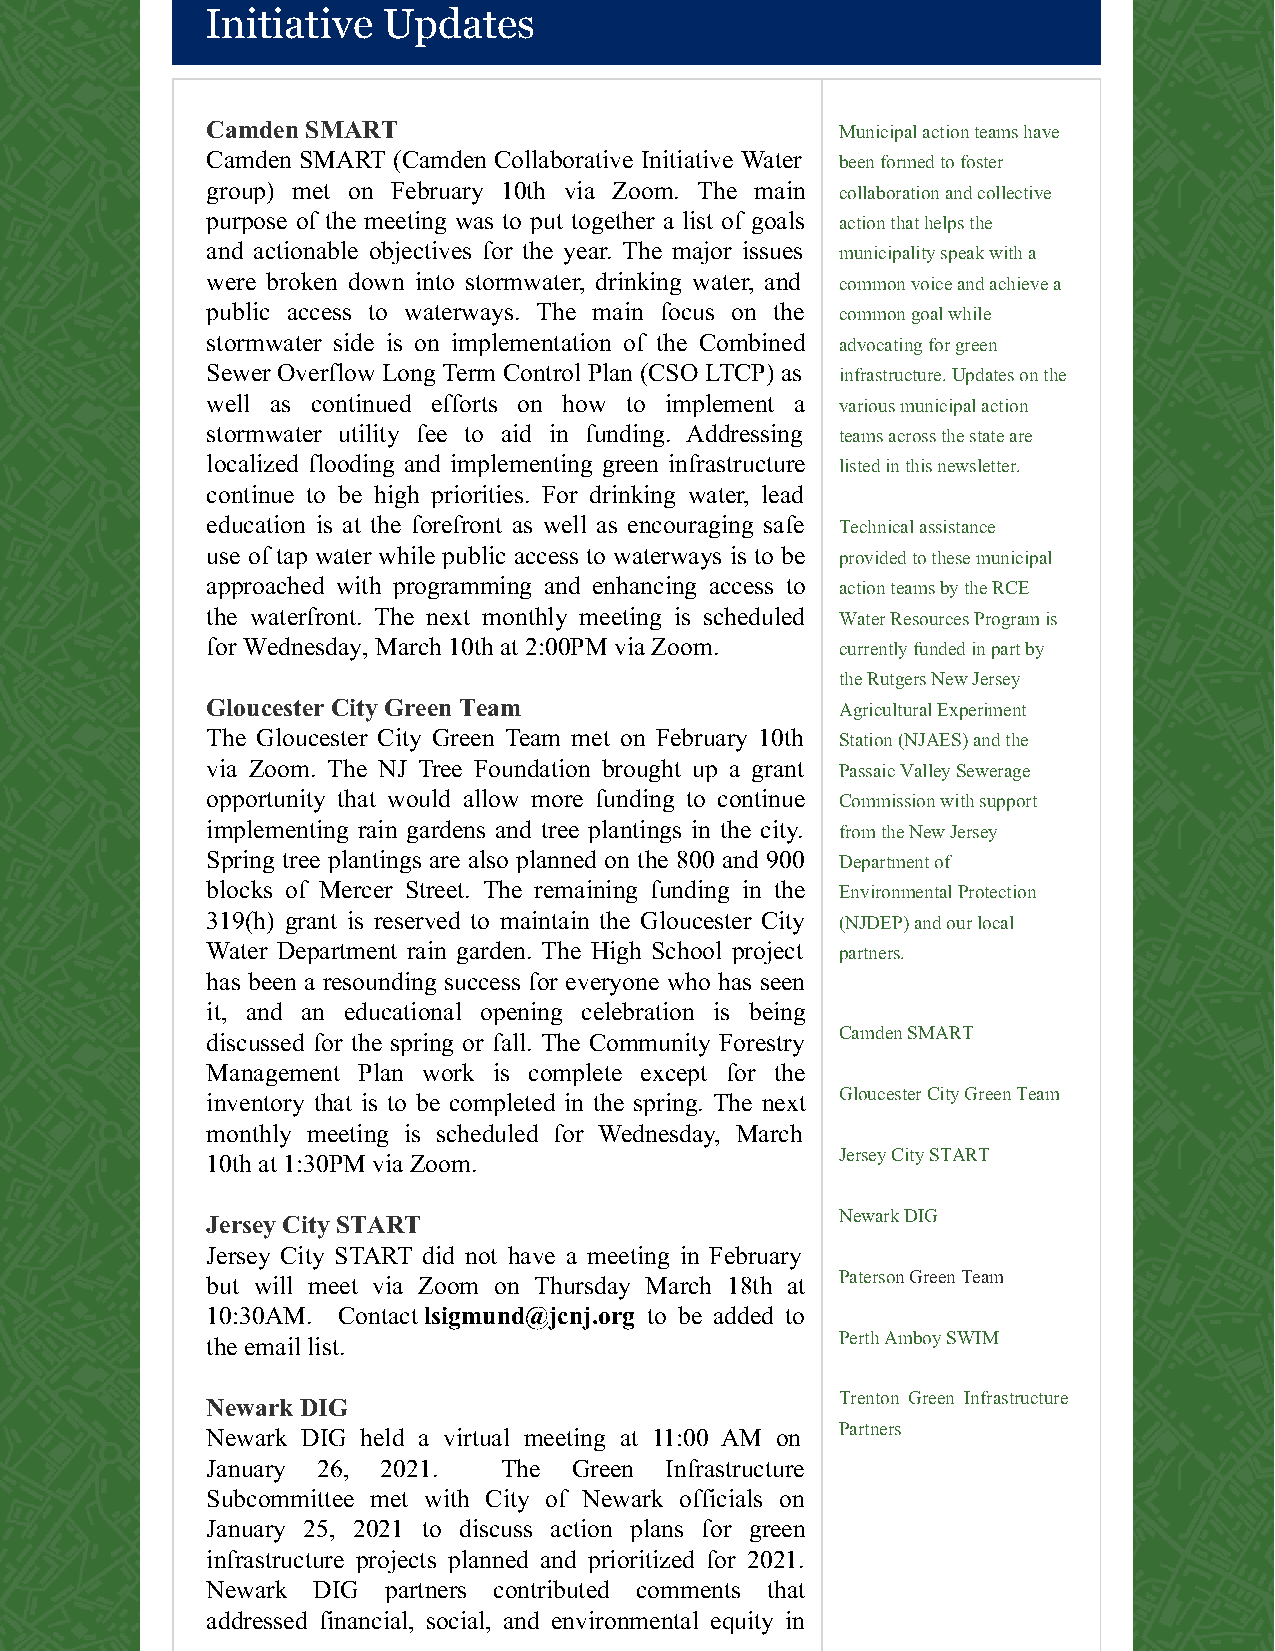
Initiative Updates
 Camden SMART                              Municipal action teams have
 Camden SMART (Camden Collaborative Initiative Water been formed to foster
 group) met on February 10th via Zoom. The main collaboration and collective
 purpose of the meeting was to put together a list of goals action that helps the
 and actionable objectives for the year. The major issues municipality speak with a
 were broken down into stormwater, drinking water, and common voice and achieve a
 public access to waterways. The main focus on the common goal while
 stormwater side is on implementation of the Combined advocating for green
 Sewer Overflow Long Term Control Plan (CSO LTCP) as infrastructure. Updates on the
 well as continued efforts on how to implement a various municipal action
 stormwater utility fee to aid in funding. Addressing teams across the state are
 localized flooding and implementing green infrastructure listed in this newsletter.
 continue to be high priorities. For drinking water, lead
 education is at the forefront as well as encouraging safe Technical assistance
 use of tap water while public access to waterways is to be provided to these municipal
 approached with programming and enhancing access to action teams by the RCE
 the waterfront. The next monthly meeting is scheduled Water Resources Program is
 for Wednesday, March 10th at 2:00PM via Zoom. currently funded in part by
 the Rutgers New Jersey
 Gloucester City Green Team                Agricultural Experiment
 The Gloucester City Green Team met on February 10th Station (NJAES) and the
 via Zoom. The NJ Tree Foundation brought up a grant Passaic Valley Sewerage
 opportunity that would allow more funding to continue Commission with support
 implementing rain gardens and tree plantings in the city. from the New Jersey
 Spring tree plantings are also planned on the 800 and 900 Department of
 blocks of Mercer Street. The remaining funding in the Environmental Protection
 319(h) grant is reserved to maintain the Gloucester City (NJDEP) and our local
 Water Department rain garden. The High School project partners.
 has been a resounding success for everyone who has seen
 it, and an educational opening celebration is being
 discussed for the spring or fall. The Community Forestry Camden SMART
 Management Plan work is complete except for the
 inventory that is to be completed in the spring. The next Gloucester City Green Team
 monthly meeting is scheduled for Wednesday, March
 10th at 1:30PM via Zoom.                  Jersey City START
 Jersey City START                         Newark DIG
 Jersey City START did not have a meeting in February
 but will meet via Zoom on Thursday March 18th at Paterson Green Team
 10:30AM. Contact lsigmund@jcnj.org to be added to
 the email list.                           Perth Amboy SWIM
 Newark DIG                                Trenton Green Infrastructure
 Newark DIG held a virtual meeting at 11:00 AM on Partners
 January 26, 2021.  The  Green Infrastructure
 Subcommittee met with City of Newark officials on
 January 25, 2021 to discuss action plans for green
 infrastructure projects planned and prioritized for 2021.
 Newark DIG partners contributed comments that
 addressed financial, social, and environmental equity in